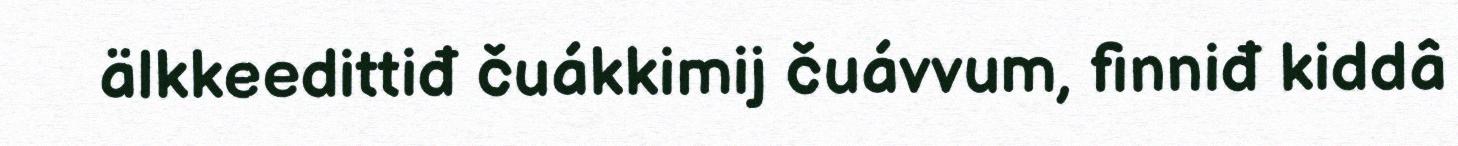
älkkeedittiđ čuákkimij čuávvum, finniđ kiddâ